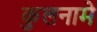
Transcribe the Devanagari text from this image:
कुलनामे